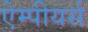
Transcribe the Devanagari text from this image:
ऐम्पीयर्स